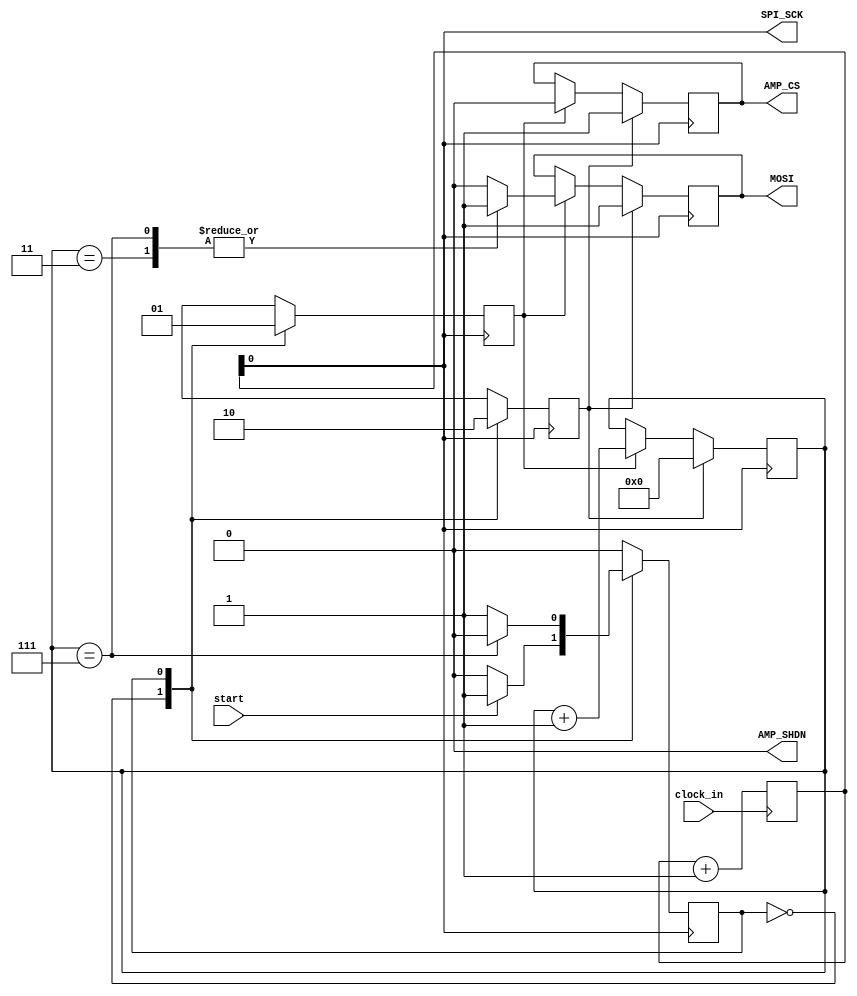
`timescale 1ns / 1ps
//////////////////////////////////////////////////////////////////////////////////
// Company: 
// Engineer: 
// 
// Design Name: 
// Module Name:    DAC 
// Project Name: 
// Target Devices: 
// Tool versions: 
// Description: 
//
// Dependencies: 
//
// Revision: 
// Revision 0.01 - File Created
// Additional Comments: 
//
//////////////////////////////////////////////////////////////////////////////////
module gain_sel(
    output reg AMP_CS,
    output SPI_SCK,
    output reg MOSI,
    output AMP_SHDN,
	input clock_in,
	input start
    );

assign AMP_SHDN = 1'b0;
reg [15:0] clock_counter = 16'b0;
always@(posedge clock_in)
begin 
clock_counter <= clock_counter + 1;
end
assign SPI_SCK = clock_counter[0];
assign clock = clock_counter[0];

parameter S_idle = 1'b0,
			S_active = 1'b1;
			
reg state = S_idle;
reg [3:0] count;
reg T_0,T_1;

always@(posedge clock)
begin
case(state)
	S_idle:	begin
					T_0 <= 1'b1;
					T_1 <= 1'b0;
					if(start == 1'b1)
						begin
							state <= S_active;
						end
				end
	S_active: begin
					T_0 <= 1'b0;
					T_1 <= 1'b1;
					if(count == 4'b0111)
						state <= S_idle;
				end
endcase
end

always@(negedge clock)
begin
if(T_0 == 1'b1)
	begin
		AMP_CS <= 1'b1;
		MOSI <= 1'b1;
		count <= 4'b0;
	end
	
else if(T_1 == 1'b1)
	begin 
		count <= count+1;
		AMP_CS <= 1'b0;
		case(count)
			4'd3: MOSI<=1'b1;
			4'd7: MOSI<=1'b1;
			default: MOSI<=1'b0;		
		endcase
	end
end

endmodule